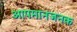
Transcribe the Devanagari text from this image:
आपमानजनक